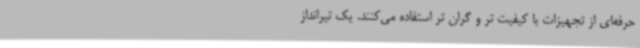
حرفه‌ای از تجهیزات با کیفیت تر و گران تر استفاده می‌کنند. یک تیرانداز